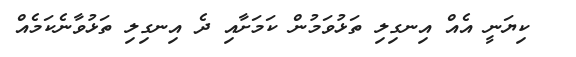
ކިޔަނީ އެއް އިނގިލި ތަޅުވަމުން ކަމަށާއި ދެ އިނގިލި ތަޅުވާނެކަމެއް